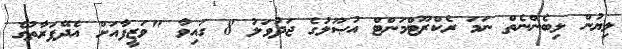
ލިޔުން ލިބެންނެތް ނަމަ ރެކްރޫޓްމަންޓް އުޞޫލުގެ ޖަދުވަލު 8 ގައިވާ "ވަޒީފާއަށް އެދޭފަރާތުގެ